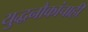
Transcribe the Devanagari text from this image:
युद्धनौकांचाही